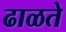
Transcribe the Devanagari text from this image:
ढाळते